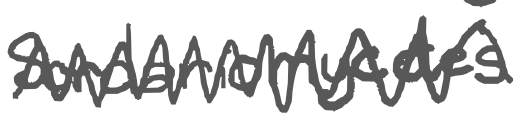
Text: Sordariomycetes.
Cross-out: mix
Writing tool: digital_gray